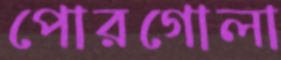
পোরগোলা